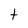
Character: t